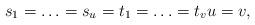
LaTeX: \begin{align*}s_1=\hdots =s_u=t_1=\hdots =t_v u=v,\end{align*}